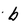
Character: b